Vital statistics of India. Vol. V, Reports of 1876 on armies & jails and on epidemic cholera
Year: 1876
Disease focus: Cholera
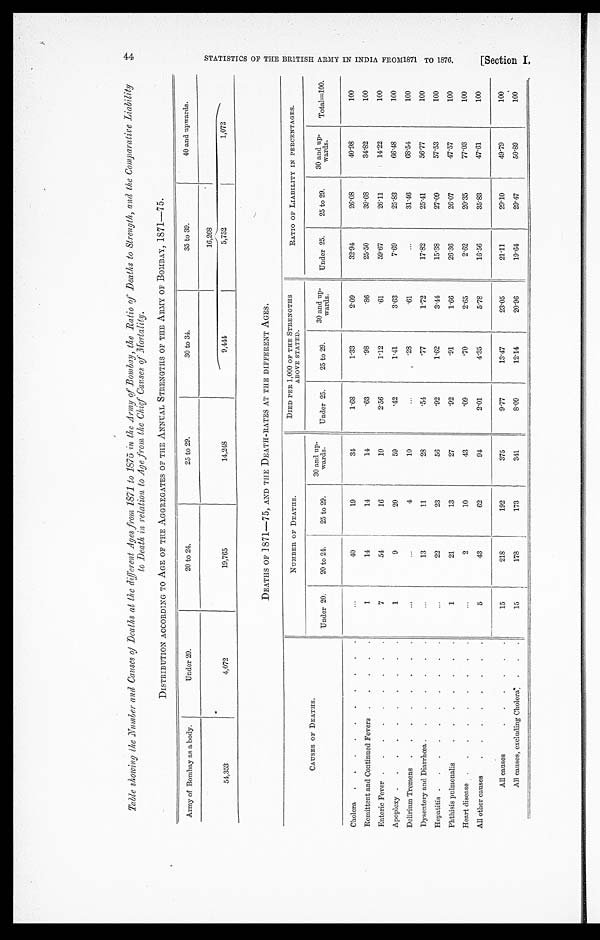
Table showing the Number and Causes of Deaths at the different Ages from 1871 to 1875 in the Army of Bombay, the Ratio of Deaths to Strength, and the Comparative Liability
to Death in relation to Age from the Chief Causes of Mortality.
DISTRIBUTION ACCORDING TO AGE OF THE AGGREGATES OF THE ANNUAL STRENGTHS OF THE ARMY OF BOMBAY, 1871—75.
Army of Bombay as a body.
Under 20.
20 to 24.
25 to 29.
30 to 34.
35 to 39.
40 and upwards.
1 6 , 2 6 8
54,353
4,072
19,765
14,248
9,444
5,752
1,072
DEATHS OF 1871—75, AND THE DEATH-RATES AT THE DIFFERENT AGES.
CAUSES OF DEATHS.
NUMBER OF DEATHS.
DIED PER 1,000 OF THE STRENGTHS
ABOVE STATED.
RATIO OF LIABILITY IN PERCENTAGES.
Under 20.
20 to 24.
25 to 29.
30 and up
-wards.
Under 25.
25 to 29.
30 and up
-wards
Under 25.
25 to 29.
30 and up
-wards.
Total=100.
Cholera . . .
. . .
40
19
34
1.68
1.33
2.09
32.94
26.08
40.98
100
Remittent and Continued Fevers . . .
1
14
14
14
.63
.98
.86
25.50
39.68
34.82
100
Enteric Fever . . .
7
54
16
10
2.56
1.12
.61
59.67
26.11
14.22
100
Apoplexy . . .
1
9
20
59
.42
1.41
3.63
7.69
25.83
66.48
100
Delirium Tremens . . .
. . .
. . .
4
10
. . .
.28
.61
. . .
31.46
68.54
100
17.82
25.41
56.77
100
Dysentery and Diarrhœa . . .
. . .
13
11
28
.54
.77
1.72
Hepatitis . . .
. . .
22
23
56
.92
1.62
3.44
15.38
27.09
57.53
100
Phthisis pulmonalis . . .
1
21
13
27
.92
.91
1.66
26.36
26.07
47.57
100
Heart disease . . .
. . .
2
10
43
.09
.70
2.65
2.62
20.35
77.03
100
All other causes . . .
5
43
62
94
2.01
4.35
5.78
16.56
35.83
47.61
100
A l l c a u s e s . . .
15
218
192
375
9.77
13.47
23.05
21.11
29.10
49.79
100
All causes, excluding Cholera . . .
15
178
173
341
8.09
12.14
20.96
19.64
29.47
50.89
100
44
S T A T I S T I C S O F T H E B R I T I S H A R M Y I N I N D I A F R O M 1 8 7 1 T O 1 8 7 6 . [ S e c t i o n I .